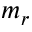
m _ { r }